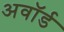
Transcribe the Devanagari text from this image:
अवाॅर्ड